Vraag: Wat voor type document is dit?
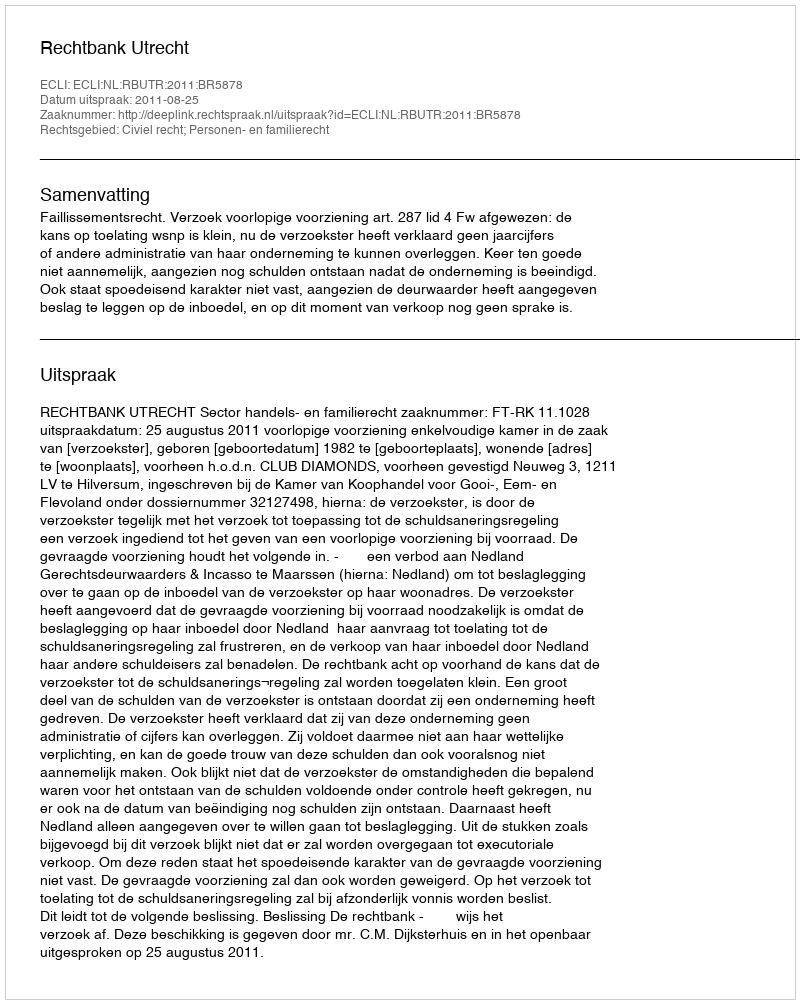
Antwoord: Uitspraak